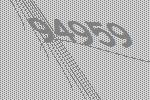
94959